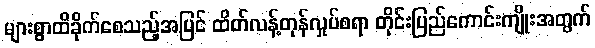
များစွာထိခိုက်စေသည့်အပြင် ထိတ်လန့်တုန်လှုပ်စရာ တိုင်းပြည်ကောင်းကျိုးအတွက်